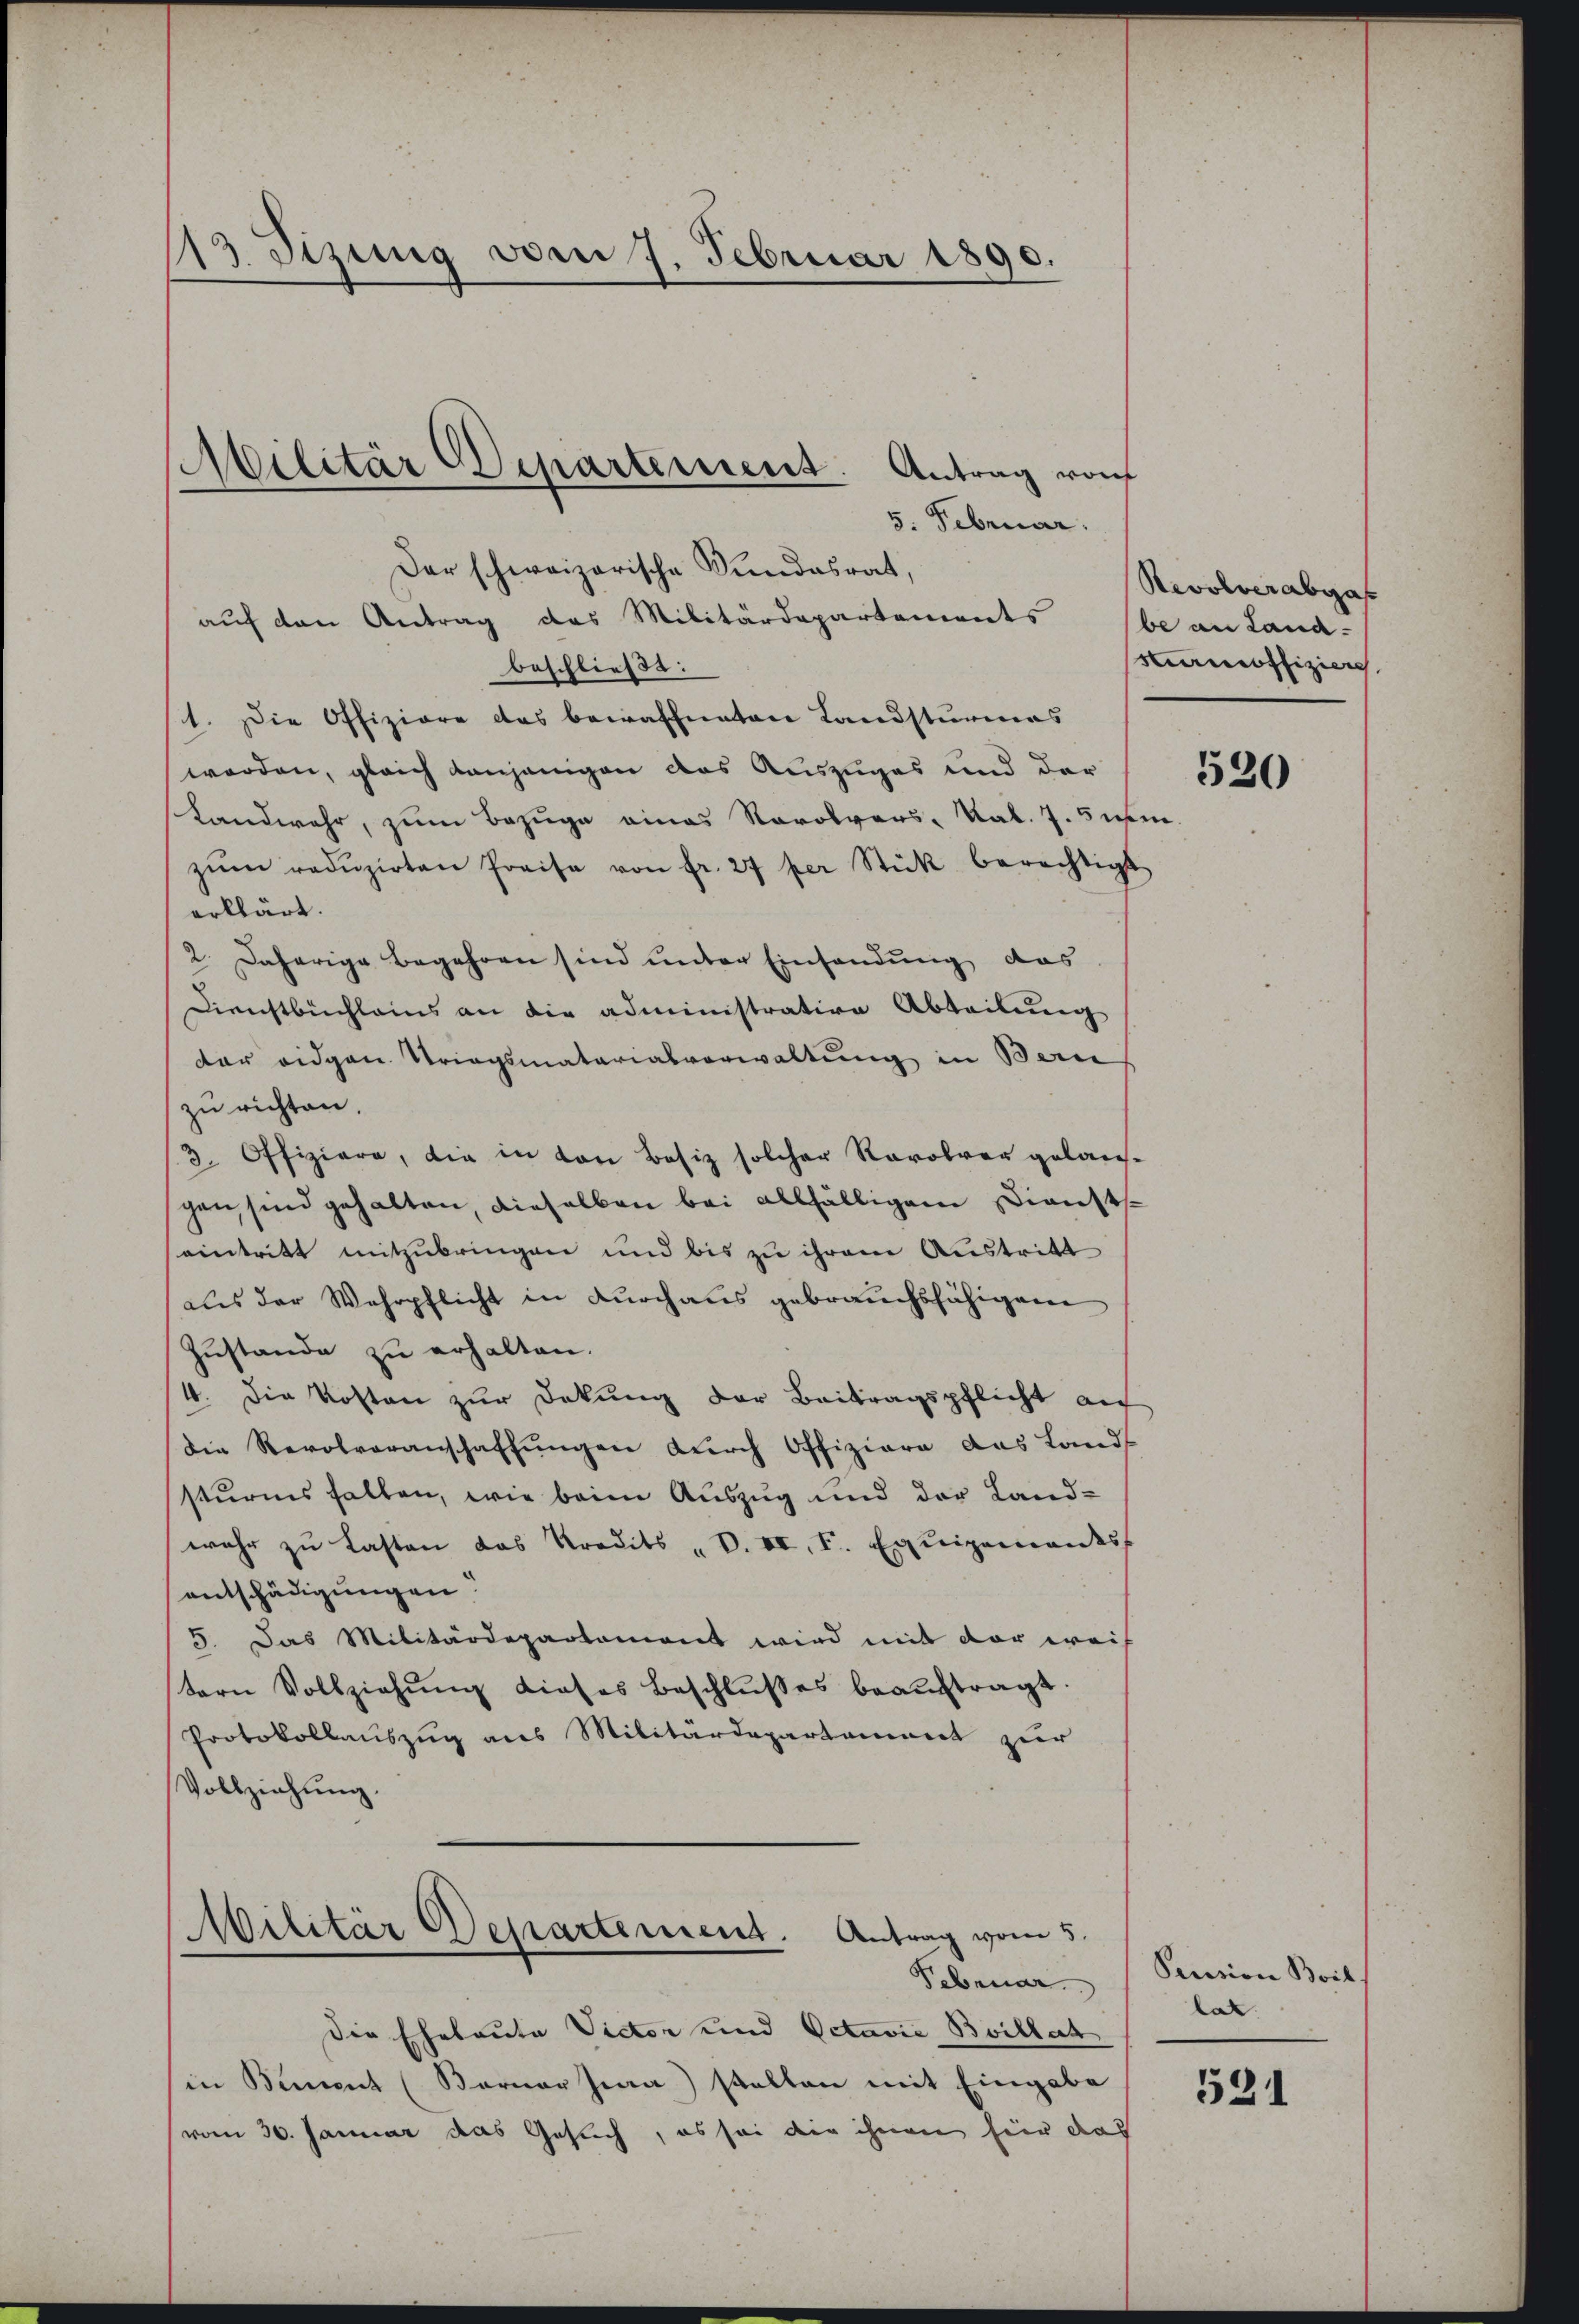
13 Sizung vom 7. Februar 1890.

Der schweizerische Stundesrat,
auf den Antrag das Militärdepartements (be an Land-
beschließt:
1. Die Offiziere das bewaffneten Landsturmas
werden, gleich denjenigen das Auszuges und der
Landwehr, zum Bezuge eines Revolvers - Kal. 7. 5 wi
zŭm redŭzirten Preise von fr. 27 per Stück berechtigt
erklärt.
2. Daherige Begehren sind unter Einsendung das
Dienstbuchleins an die administrative Abteilung
dar eidgen Striegsmaterialverwaltung in Bern
zu richten.
3. Offiziere, die in von Besiz solcher Revolver gelaus-
gen sind gehalten, dieselben bei allfälligem Diensteintritt mitzubringen und bis zu ihrem Austritt
aus der Wehrpflicht in durchaus gebrauchsfähigen
Zŭstande zŭ erhalten.
4. Die Kosten zur Dokung der Beitragspflicht auf
die Revolveranschaffŭngen dŭrch Offiziare das Lands
sturms halten, wie beim Auszug und der Land-
wehr zu lasten das Predits „V. VI, S. Exnigemandes
entschädigungen
5. Das Militärdepartement wird mit der weis
tern Vollziehŭng dieses Beschlŭβes beaŭftragt.
Protokollauszug aus Militärdepartament zur
Vollziehung.

Militär Departement. Antrag von
5. Februar.

Militär Departement. Antrag vom 5.
Sebener

Die Eheleute Victor und Octavić Bvillat
in Bement (Berner Jena stellen mit Eingabe
(vom 30. Januar das Gesuch, es sei die ihnen hier das

Revolverabga
carnoffiziere

520

Pension Boils
lar.

531